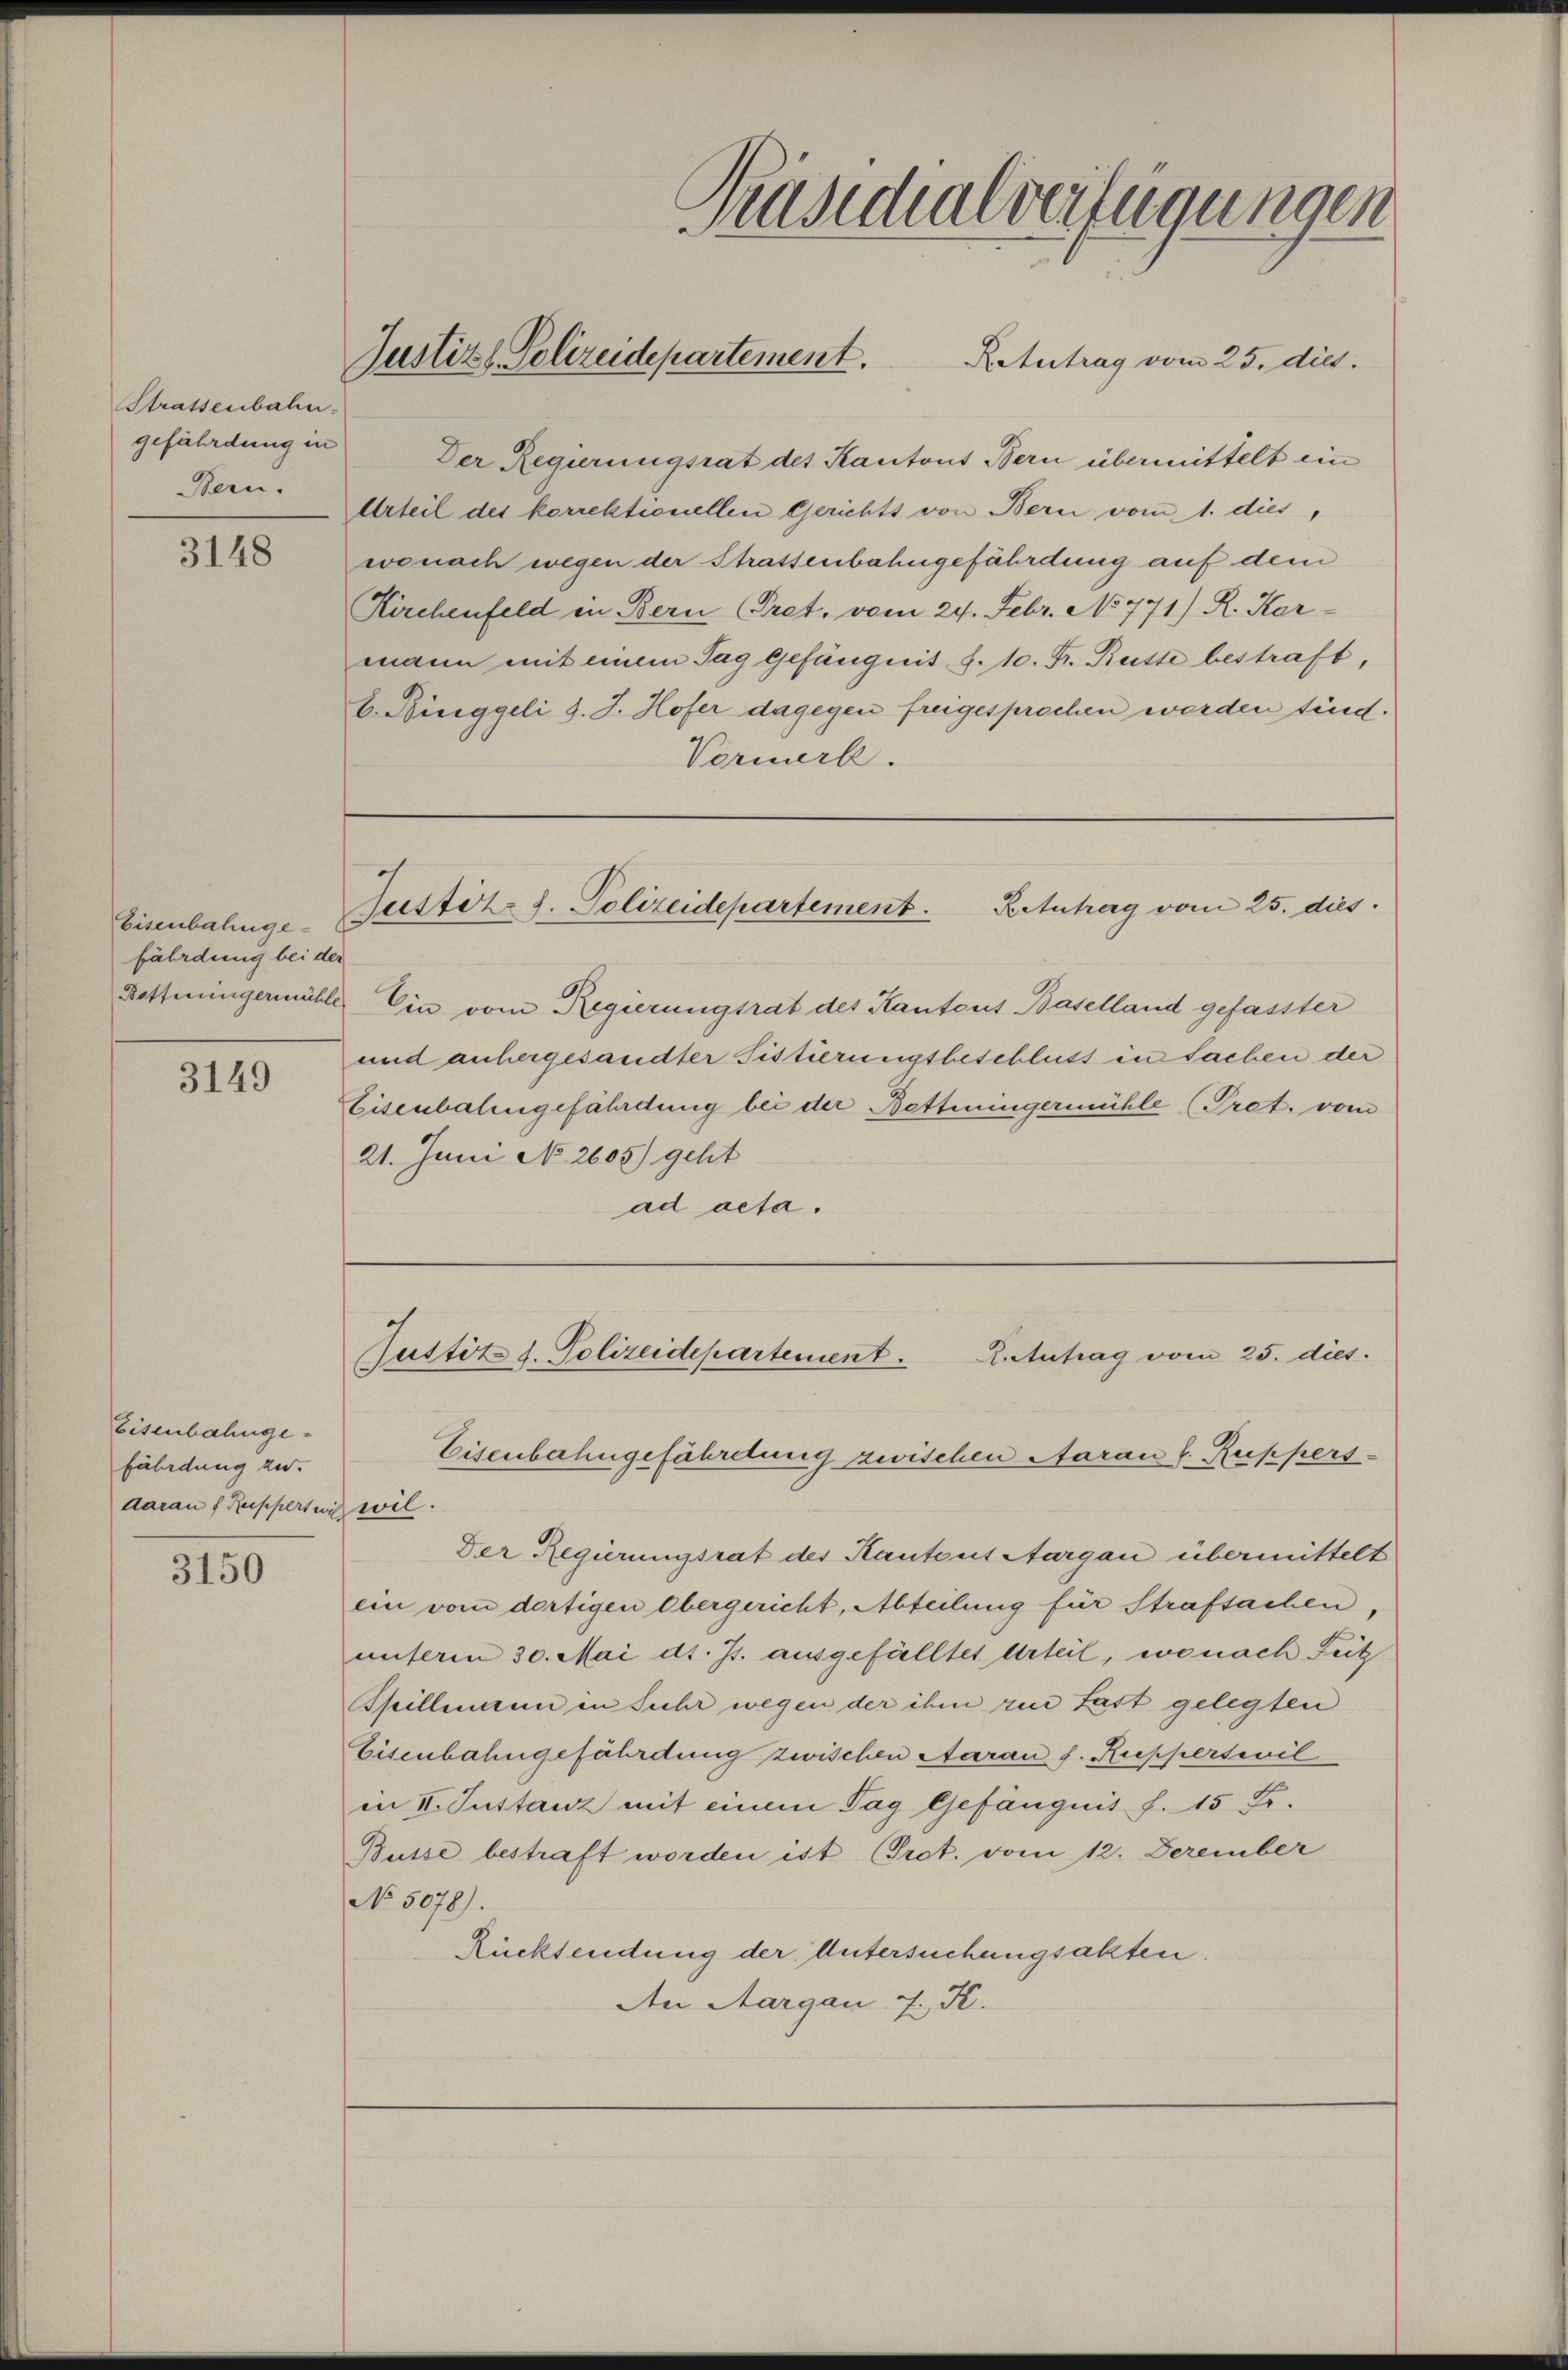
Strassenbahn.
gefährdung in
Bern.

3148

Eisenbahnge-
fährdung bei der

3149

Eisenbahngefährdung zer-
daran f Ruppertung wil.

3150

Präsidialverfügungen

Justiz & Polizeidepartement.

Justitz d. Polizeidepartement. Ketutrag vom 25. dies

Hoffeingermühle Ein vom Regierungsrat des Kantons Baselland gefasster
und anhergesandter Sistierungsbeschluss in Sachen der
Eisenbalengefährdung bei der Bettiningermühle (Pret. vom
21. Juni No 2605) geht
ad acta.

Retertrag vom 25. dies
Der Regierungsrat des Kantons Bern übermittelt ein
Urteil des korrektionellen Gerichts von Bern vom 1. dies,
wonach wegen der Strassenbahngefährdung auf dem
Kirchenfeld in Bern Pret. vom 24. Febr. No 771) R. Karmann mit einem Tag Gefängnis S. 10. Fr. Reitte bestraft,
b. Ringgeli d. J. Hofer dagegen freigesprochen werden sind.
Vormerk.

Justitz d. Polizeidepartement. K. Antrag vom 25. dies
Eisenbahngefährdung zwischen Aarau v. Ruppers

Der Regierungsrat des Kantons Aargau übermittelt
ein vom dortigen Obergericht, Abteilung für Strafsachen,
unterm 30. Mai d. Js. ausgefälltes Urteil, wo nach Feitz
Spillmann in Suhr wegen der ihm zur Last gelegten
Eisenbahngefährdung zwischen Aarau s. Rupperteil
in II. Justanz mit einem Tag Gefängnis f. 15 Fr.
Busse bestraft worden ist (Prot. vom 12. Dezember
No 5078).
Rücksendung der Untersuchungsakten.
An Aargau 2. K.